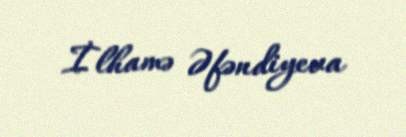
İlhamə Əfəndiyeva